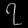
Digit: ၇